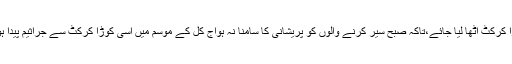
ہونا تو یہ چاہئے ادھر شادی کی تقریب ختم ہوئی ادھر فوراً کوڑا کرکٹ اُٹھا لیا جائے،تاکہ صبح سیر کرنے والوں کو پریشانی کا سامنا نہ ہوآج کل کے موسم میں اسی کوڑا کرکٹ سے جراثیم پیدا ہوتے ہیں اور بیماری کی صورت میں ہم پر حملہ آور ہوتے ہیں۔